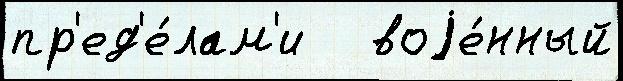
пр'ед'е́лам'и   воjе́нный